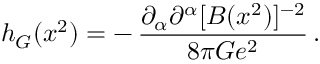
h _ { G } ( x ^ { 2 } ) = - \, { \frac { \partial _ { \alpha } \partial ^ { \alpha } [ B ( x ^ { 2 } ) ] ^ { - 2 } } { 8 \pi G e ^ { 2 } } } \, .